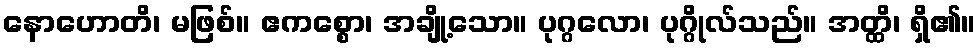
နောဟောတိ၊ မဖြစ်။ ဧကစ္စော၊ အချို့သော။ ပုဂ္ဂလော၊ ပုဂ္ဂိုလ်သည်။ အတ္ထိ၊ ရှိ၏။